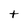
Character: t